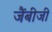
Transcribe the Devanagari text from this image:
जैंबीजी